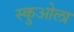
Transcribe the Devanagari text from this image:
स्कुओला